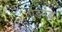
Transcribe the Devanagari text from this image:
एडम्ंड